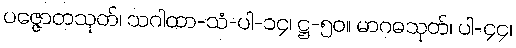
ပဇ္ဇောတသုတ်၊ သဂါထာ-သံ-ပါ-၁၄၊ ဋ္ဌ-၅၀။ မာဂဓသုတ်၊ ပါ-၄၄၊